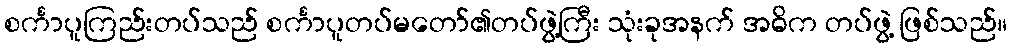
စင်္ကာပူကြည်းတပ်သည် စင်္ကာပူတပ်မတော်၏တပ်ဖွဲ့ကြီး သုံးခုအနက် အဓိက တပ်ဖွဲ့ ဖြစ်သည်။